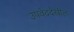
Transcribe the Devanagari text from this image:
उपवेददेखील